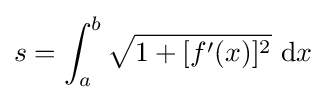
s=\int _{a}^{b}{\sqrt {1+[f'(x)]^{2}}}~\mathrm {d} {x}